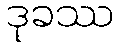
ဒုခဿ